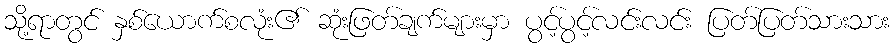
သို့ရာတွင် နှစ်ယောက်စလုံး၏ ဆုံးဖြတ်ချက်များမှာ ပွင့်ပွင့်လင်းလင်း ပြတ်ပြတ်သားသား